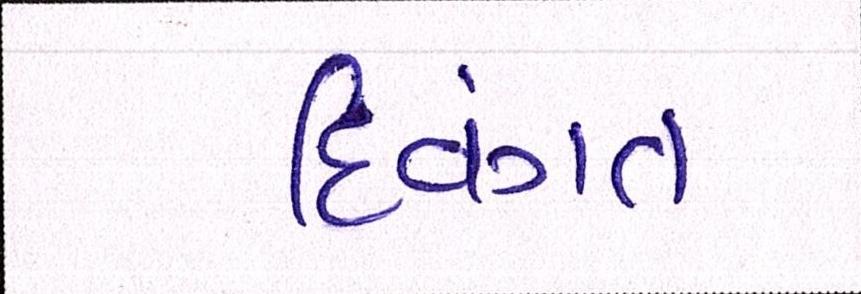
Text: દિવંગત